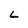
Character: L